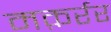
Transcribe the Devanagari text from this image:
मक़र्रर